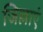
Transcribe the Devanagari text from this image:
जिल्लाएं